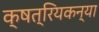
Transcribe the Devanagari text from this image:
क्षत्रियकन्या